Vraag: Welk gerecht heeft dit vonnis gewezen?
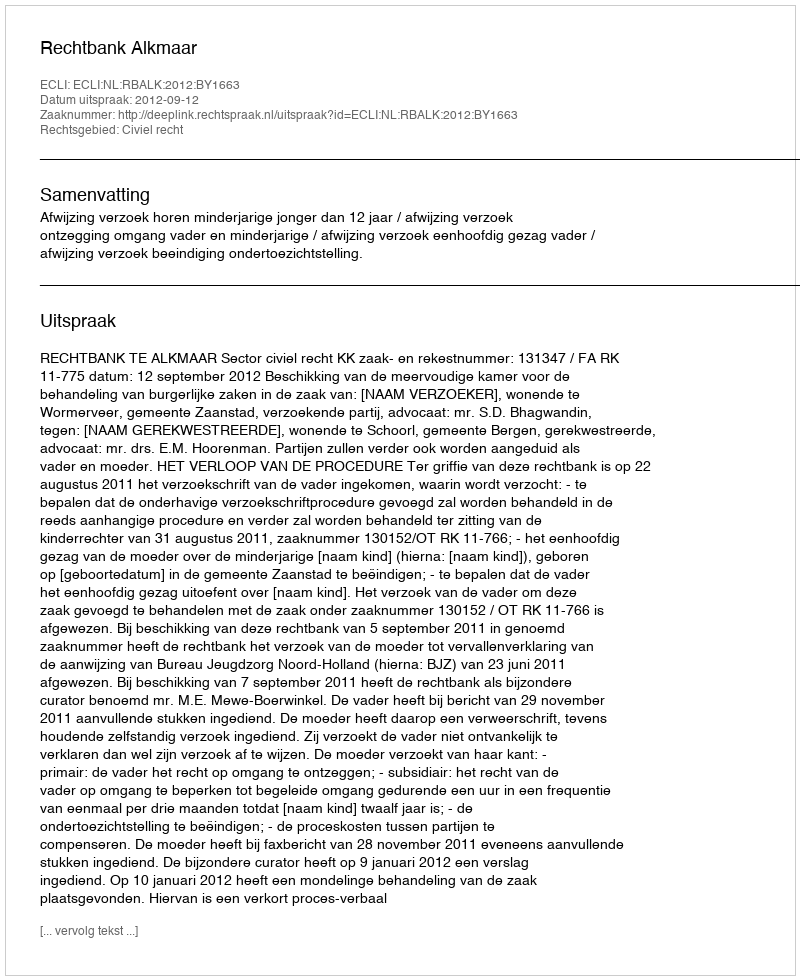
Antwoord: Rechtbank Alkmaar